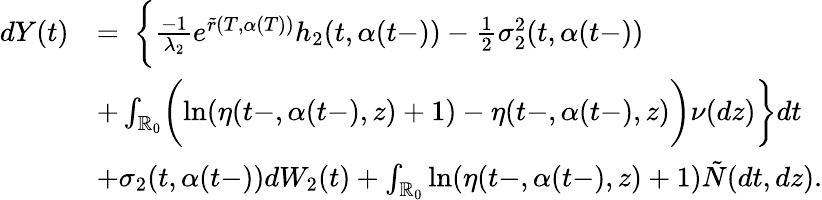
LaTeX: \begin{array}{rl}{dY(t)}&{=\ \biggl\{ \frac{-1}{\lambda_{2}}e^{\tilde{r}(T,\alpha(T))}h_{2}(t,\alpha(t-))-\frac{1}{2}\sigma_{2}^{2}(t,\alpha(t-))}\\ &{+\int_{\mathbb{R}_{0}}\biggl(\ln(\eta(t-,\alpha(t-),z)+1)-\eta(t-,\alpha(t-),z)\biggr)\nu(dz)\biggr\} dt}\\ &{+\sigma_{2}(t,\alpha(t-))dW_{2}(t)+\int_{\mathbb{R}_{0}}\ln(\eta(t-,\alpha(t-),z)+1)\tilde{N}(dt,dz).}\end{array}